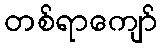
တစ်ရာကျော်